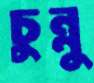
চুন্নু